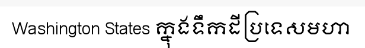
Washington States ក្នុងទឹកដីប្រទេសមហា